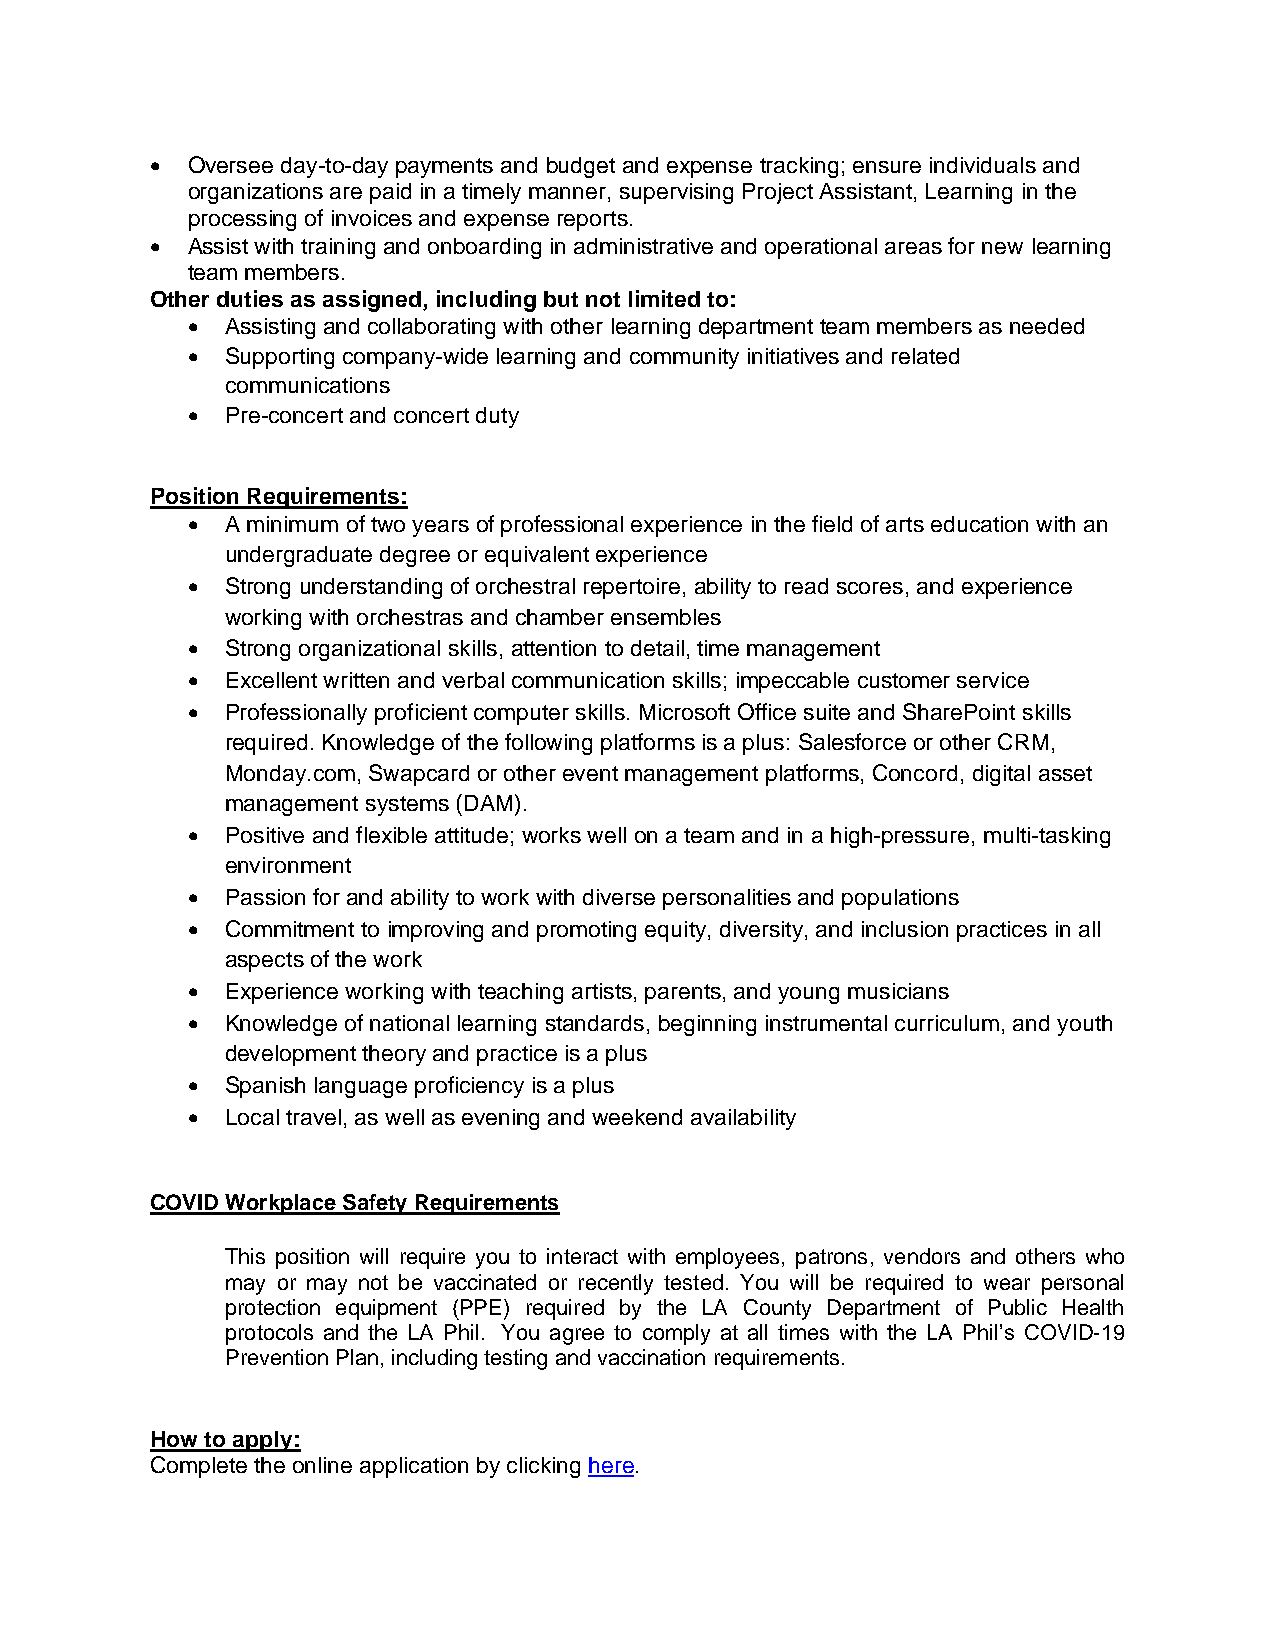
• Oversee day-to-day payments and budget and expense tracking; ensure individuals and
 organizations are paid in a timely manner, supervising Project Assistant, Learning in the
 processing of invoices and expense reports.
 • Assist with training and onboarding in administrative and operational areas for new learning
 team members.
 Other duties as assigned, including but not limited to:
 •  Assisting and collaborating with other learning department team members as needed
 •  Supporting company-wide learning and community initiatives and related
 communications
 •  Pre-concert and concert duty
 Position Requirements:
 •  A minimum of two years of professional experience in the field of arts education with an
 undergraduate degree or equivalent experience
 •  Strong understanding of orchestral repertoire, ability to read scores, and experience
 working with orchestras and chamber ensembles
 •  Strong organizational skills, attention to detail, time management
 •  Excellent written and verbal communication skills; impeccable customer service
 •  Professionally proficient computer skills. Microsoft Office suite and SharePoint skills
 required. Knowledge of the following platforms is a plus: Salesforce or other CRM,
 Monday.com, Swapcard or other event management platforms, Concord, digital asset
 management systems (DAM).
 •  Positive and flexible attitude; works well on a team and in a high-pressure, multi-tasking
 environment
 •  Passion for and ability to work with diverse personalities and populations
 •  Commitment to improving and promoting equity, diversity, and inclusion practices in all
 aspects of the work
 •  Experience working with teaching artists, parents, and young musicians
 •  Knowledge of national learning standards, beginning instrumental curriculum, and youth
 development theory and practice is a plus
 •  Spanish language proficiency is a plus
 •  Local travel, as well as evening and weekend availability
 COVID Workplace Safety Requirements
 This position will require you to interact with employees, patrons, vendors and others who
 may or may not be vaccinated or recently tested. You will be required to wear personal
 protection equipment (PPE) required by the LA County Department of Public Health
 protocols and the LA Phil. You agree to comply at all times with the LA Phil’s COVID-19
 Prevention Plan, including testing and vaccination requirements.
 How to apply:
 Complete the online application by clicking here.